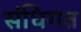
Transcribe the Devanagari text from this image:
संधिगत